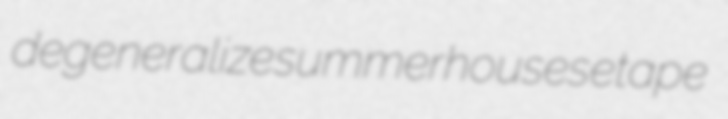
degeneralize summerhouses etape